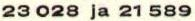
23 028 ja 21 589